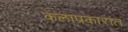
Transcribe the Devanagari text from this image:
कलाप्रकारांत